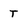
Character: T